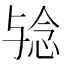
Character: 𱍟